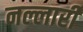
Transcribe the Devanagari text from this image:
नल्लारी